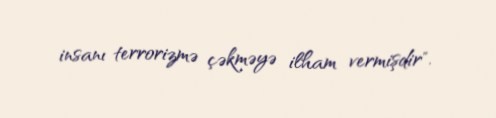
insanı terrorizmə çəkməyə ilham vermişdir".